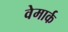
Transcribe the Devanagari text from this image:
वेमार्क